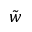
\tilde { w }